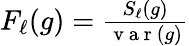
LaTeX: \begin{array}{r}{F_{\ell}(g)=\frac{S_{\ell}(g)}{\mathrm{~v~a~r~}(g)}}\end{array}